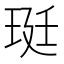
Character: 珽